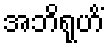
အဘိရုဟိံ